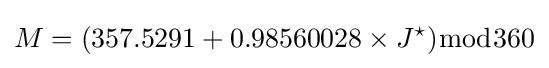
M=(357.5291+0.98560028\times J^{\star }){\bmod {3}}60